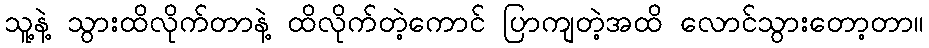
သူ့နဲ့ သွားထိလိုက်တာနဲ့ ထိလိုက်တဲ့ကောင် ပြာကျတဲ့အထိ လောင်သွားတော့တာ။